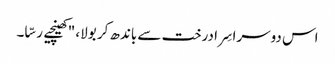
اس دوسرا سِرا درخت سے باندھ کر بولا، "کھینچیے رسّا۔